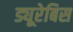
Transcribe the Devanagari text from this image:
ड्यूरेबिस